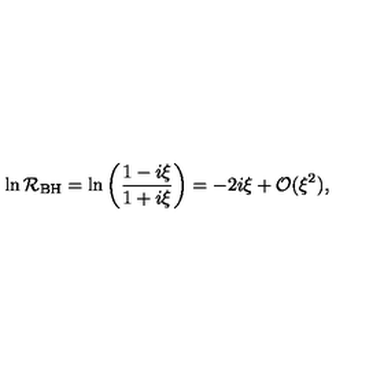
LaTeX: \ln { \cal R } _ { \mathrm { B H } } = \ln \left( \frac { 1 - i \xi } { 1 + i \xi } \right) = - 2 i \xi + { \cal O } ( \xi ^ { 2 } ) ,